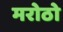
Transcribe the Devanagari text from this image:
मरोठो